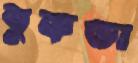
বুকডা